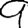
Digit: 9